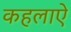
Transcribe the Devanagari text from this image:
कहलाऐ